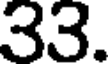
33.